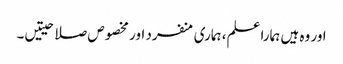
اور وہ ہیں ہمارا علم، ہماری منفرد اور مخصوص صلاحیتیں۔